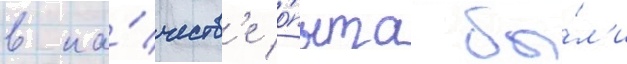
в ка́честв'е о́пыта бы́л'и